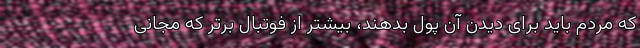
که مردم باید برای دیدن آن پول بدهند، بیشتر از فوتبال برتر که مجانی